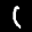
Label: 1